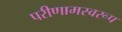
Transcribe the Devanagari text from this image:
परीणामस्वरूप